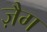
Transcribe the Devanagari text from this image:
ज़ैग